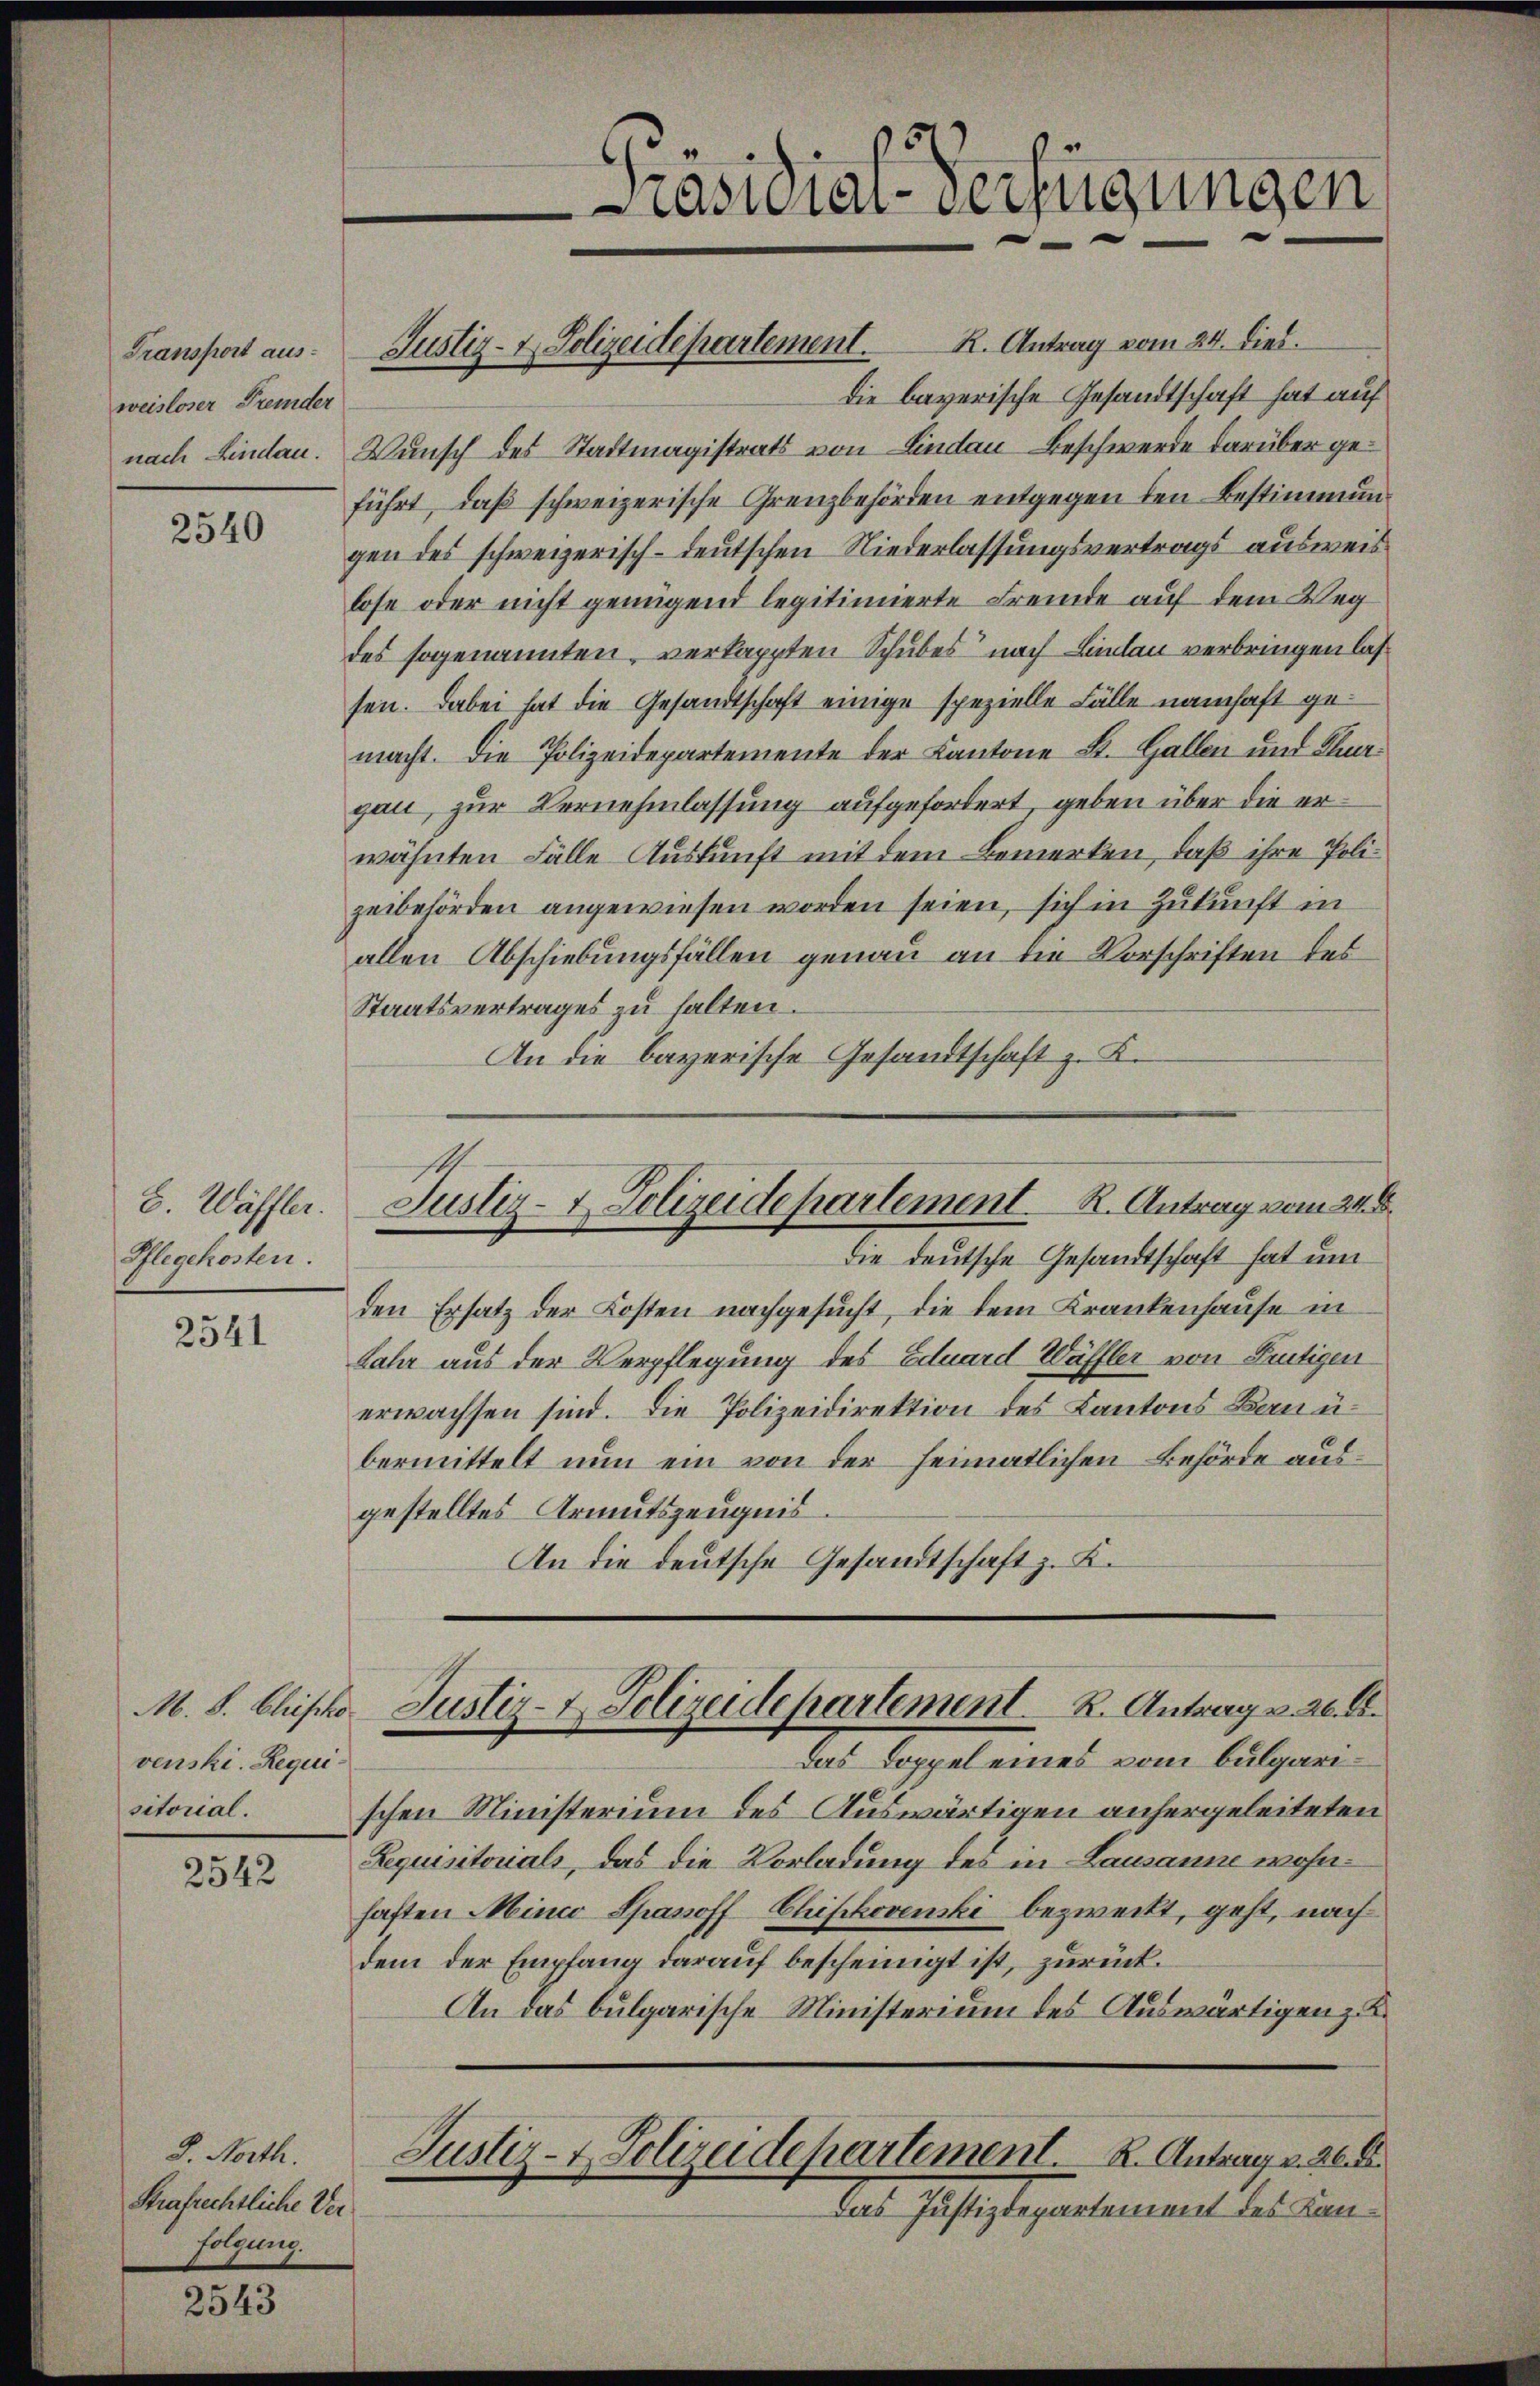
Transport aus-
weisloser Fremder

2540

B. Wäffler.
Pflegekosten.

2541

venski. Requisitorial.

2542

D. North.
Strafrechtliche Verfolgung.

2543

Justiz- & Polizeidepartement. R. Antrag vom 24. Dieb.

Präsidial-Verfügungen

die bayerische Gesandtschaft hat auf
nach Lindau. Wunsch des Stadtmagistrats von Lindau Beschwerde darüber geführt, daß schweizerische Grenzbehörden entgegen den Bestimmungen des schweizerisch-deutschen Niederlassungsvertrags ausweis
lose oder nicht genügend legitimierte Fremde auf dem Weg
des sogenannten, verkappten Schubes nach Lindau verbringen lassen. Dabei hat die Gesandtschaft einige spezielle Fälle namhaft gemacht. Die Polizeidepartemente der Kantone St. Gallen und Klagau, zur Vernehmlassung aufgefordert, geben über die erwähnten Fälle Auskunft mit dem Bemerken, daß ihre Polizeibehörden angewiesen worden seien, sich in Zukunft in
allen Abschiebungsfällen genau an die Vorschriften des
Staatsvertrages zu halten.
An die bayerische Gesandtschaft z. K.

Justiz- & Polizeidepartement R. Antrag vom 24. 6.

die deutsche Gesandtschaft hat um
den Ersatz der Kosten nachgesucht, die dem Krankenhause in
Jahr aus der Verpflegung des Eduard Wäffler von Frutigen
erwachsen sind. Die Polizeidirektion des Kantons Banubermittelt nun ein von der heimatlichen Behörde ausgestelltes Armutszeugnis
An die deutsche Gesandtschaft z. K.

Das Doppel eines vom bulgarischen Ministerium des Auswärtigen anhergeleiteten
Requisitorials, das die Vorladung des in Lausanne wohnhaften Minio Spasoff-Chiphovenski bezweckt, geht, nach
dem der Empfang darauf bescheinigt ist, zurück¬
An das bulgarische Ministerium des Auswärtigen zu
Justiz- & Polizeidepartement. K. Antrag v. 26.
Das Justizdepartement des Kan¬

M. S. Christe Justiz- & Polizeidepartement. R. Antrag v. 26. d.